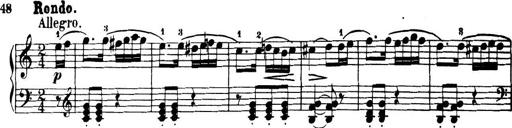
Title: 32 Sonatinas and Rondos for the Piano
Composer: Richard Kleinmichel